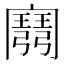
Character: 𢐭